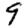
Digit: 9